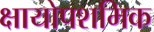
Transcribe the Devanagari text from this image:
क्षायोपशमिक